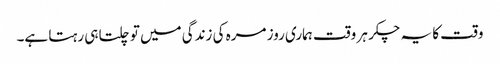
وقت کا یہ چکر ہر وقت ہماری روز مرہ کی زندگی میں تو چلتا ہی رہتا ہے۔